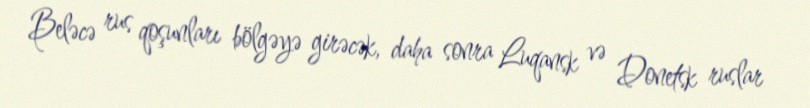
Beləcə rus qoşunları bölgəyə girəcək, daha sonra Luqansk və Donetsk ruslar